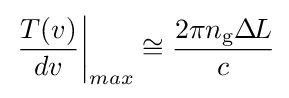
\left.{\frac {T(v)}{dv}}\right|_{max}\cong {\frac {2\pi n_{\text{g}}\Delta \!L}{c}}